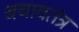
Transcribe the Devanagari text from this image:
बचावतंत्र